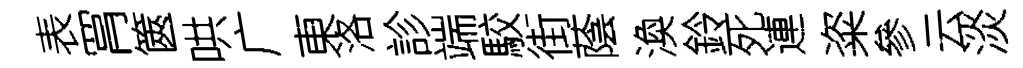
表罥篋哄广東洛診端駮街蔭渙鈴死連粢參云淡